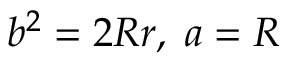
b ^ { 2 } = 2 R r , \; a = R